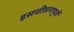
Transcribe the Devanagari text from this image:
इसवीसनापुर्वी